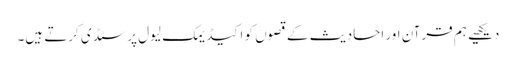
دیکھیے ہم قرآن اور احادیث کے قصوں کو اکیڈیمک لیول پر سٹڈی کرتے ہیں۔